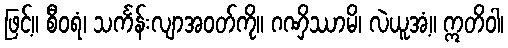
ဖြင့်။ စီဝရံ၊ သင်္ကန်းလျာအဝတ်ကို။ ဂဏှိဿာမိ၊ လဲယူအံ့။ ဣတိဝါ၊